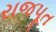
રાજપૂત